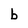
Character: b